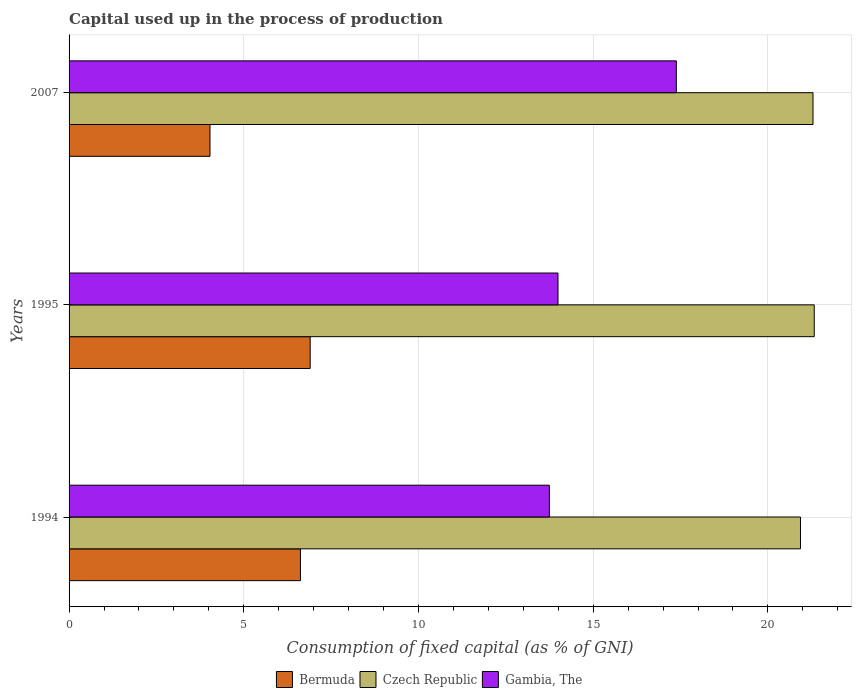
| Years | Bermuda | Czech Republic | Gambia, The |
 | --- | --- | --- | --- |
 | 1994 | 6.62 | 20.9 | 13.7 |
 | 1995 | 6.9 | 21.3 | 14 |
 | 2007 | 4.03 | 21.3 | 17.4 |